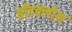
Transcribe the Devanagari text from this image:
ब्रॉडक्लोथ